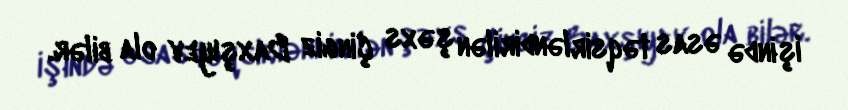
işində əsas təqsirləndirilən şəxs Çingiz Baxşıyev ola bilər.